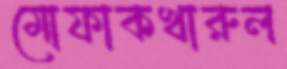
মোফাকখারুল